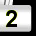
Digit: 2